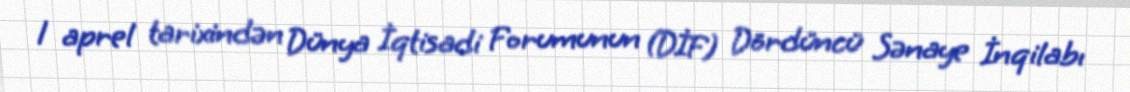
1 aprel tarixindən Dünya İqtisadi Forumunun (DİF) Dördüncü Sənaye İnqilabı